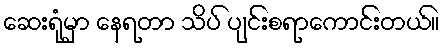
ဆေးရုံမှာ နေရတာ သိပ် ပျင်းစရာကောင်းတယ်။